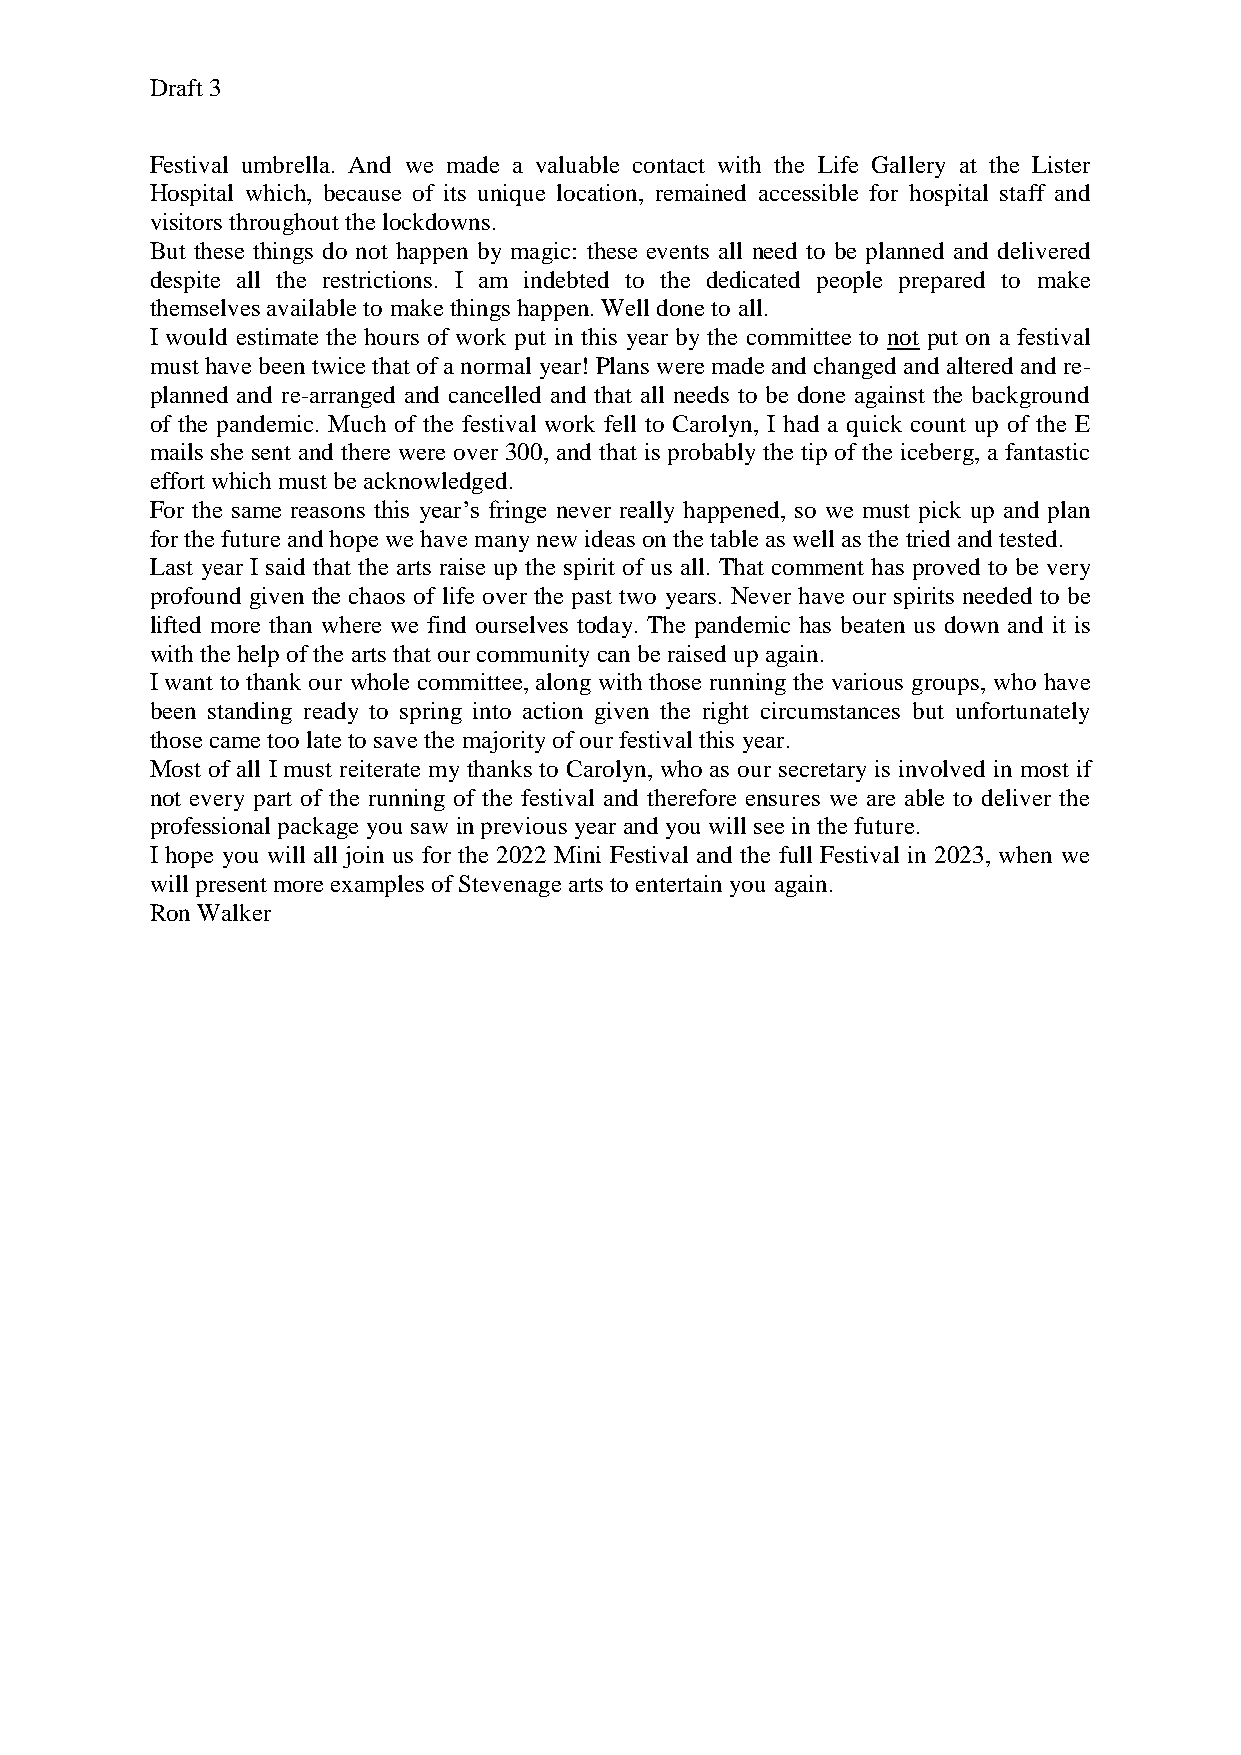
Draft 3
 Festival umbrella. And we made a valuable contact with the Life Gallery at the Lister
 Hospital which, because of its unique location, remained accessible for hospital staff and
 visitors throughout the lockdowns.
 But these things do not happen by magic: these events all need to be planned and delivered
 despite all the restrictions. I am indebted to the dedicated people prepared to make
 themselves available to make things happen. Well done to all.
 I would estimate the hours of work put in this year by the committee to not put on a festival
 must have been twice that of a normal year! Plans were made and changed and altered and re-
 planned and re-arranged and cancelled and that all needs to be done against the background
 of the pandemic. Much of the festival work fell to Carolyn, I had a quick count up of the E
 mails she sent and there were over 300, and that is probably the tip of the iceberg, a fantastic
 effort which must be acknowledged.
 For the same reasons this year’s fringe never really happened, so we must pick up and plan
 for the future and hope we have many new ideas on the table as well as the tried and tested.
 Last year I said that the arts raise up the spirit of us all. That comment has proved to be very
 profound given the chaos of life over the past two years. Never have our spirits needed to be
 lifted more than where we find ourselves today. The pandemic has beaten us down and it is
 with the help of the arts that our community can be raised up again.
 I want to thank our whole committee, along with those running the various groups, who have
 been standing ready to spring into action given the right circumstances but unfortunately
 those came too late to save the majority of our festival this year.
 Most of all I must reiterate my thanks to Carolyn, who as our secretary is involved in most if
 not every part of the running of the festival and therefore ensures we are able to deliver the
 professional package you saw in previous year and you will see in the future.
 I hope you will all join us for the 2022 Mini Festival and the full Festival in 2023, when we
 will present more examples of Stevenage arts to entertain you again.
 Ron Walker